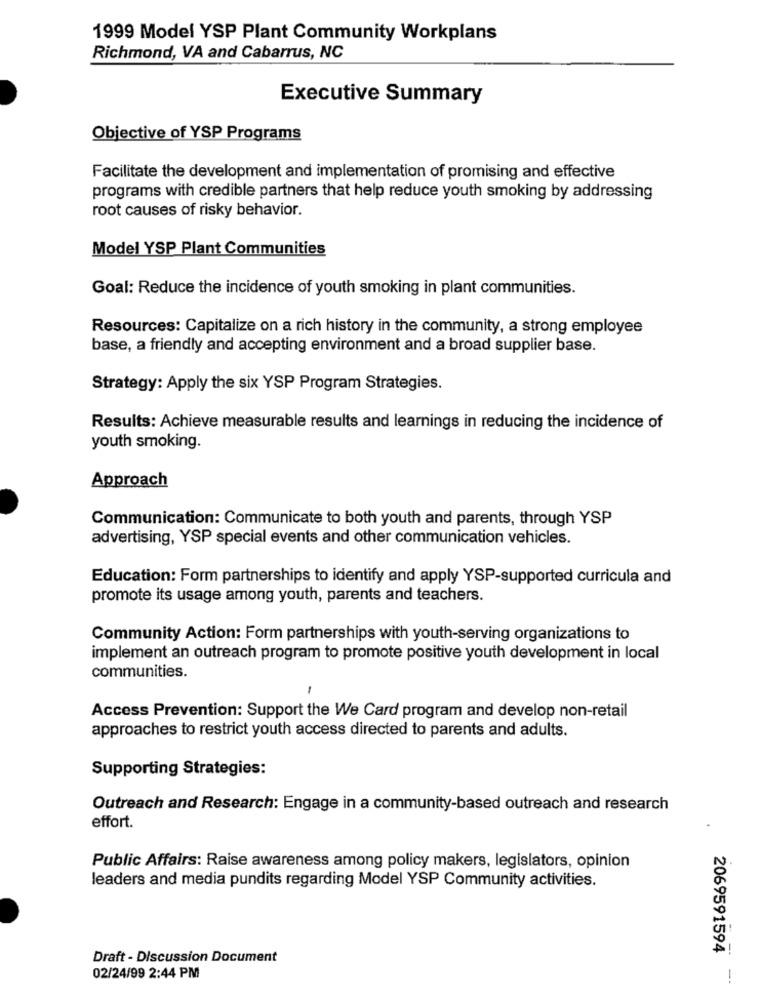
1999 Model YSP Plant Community Workplans
Richmond, VA and Cabarrus, NC
Executive Summary
Objective of YSP Programs
Facilitate the development and implementation of promising and effective
programs with credible partners that help reduce youth smoking by addressing
root causes of risky behavior.
Model YSP Plant Communities
Goal: Reduce the incidence of youth smoking in plant communities.
Resources: Capitalize on a rich history in the community, a strong employee
base, a friendly and accepting environment and a broad supplier base.
Strategy: Apply the six YSP Program Strategies.
Results: Achieve measurable results and learnings in reducing the incidence of
youth smoking.
Approach
Communication: Communicate to both youth and parents, through YSP
advertising, YSP special events and other communication vehicles.
Education: Form partnerships to identify and apply YSP-supported curricula and
promote its usage among youth, parents and teachers.
Community Action: Form partnerships with youth-serving organizations to
implement an outreach program to promote positive youth development in local
communities.
Access Prevention: Support the We Card program and develop non-retail
approaches to restrict youth access directed to parents and adults.
Supporting Strategies:
Outreach and Research: Engage in a community-based outreach and research
effort.
Public Affairs: Raise awareness among policy makers, legislators, opinion
leaders and media pundits regarding Model YSP Community activities.
2069591594
Draft - Discussion Document
02/24/99 2:44 PM
--